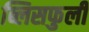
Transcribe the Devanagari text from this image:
ब्लिसफुली